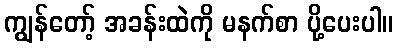
ကျွန်တော့် အခန်းထဲကို မနက်စာ ပို့ပေးပါ။